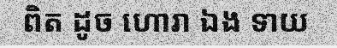
ពិត ដូច ហោរា ឯង ទាយ